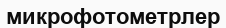
микрофотометрлер